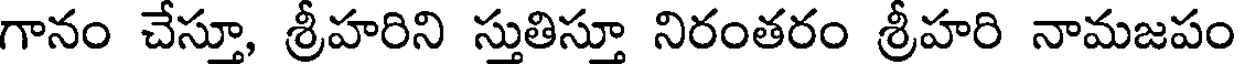
గానం చేస్తూ, శ్రీహరిని స్తుతిస్తూ నిరంతరం శ్రీహరి నామజపం